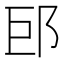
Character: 䢹